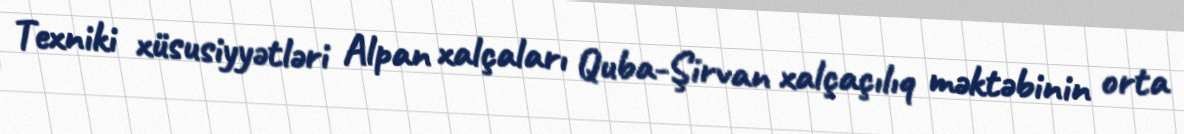
Texniki xüsusiyyətləri Alpan xalçaları Quba-Şirvan xalçaçılıq məktəbinin orta